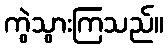
ကွဲသွားကြသည်။